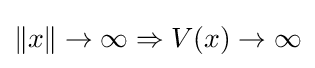
\|x\|\to \infty \Rightarrow V(x)\to \infty